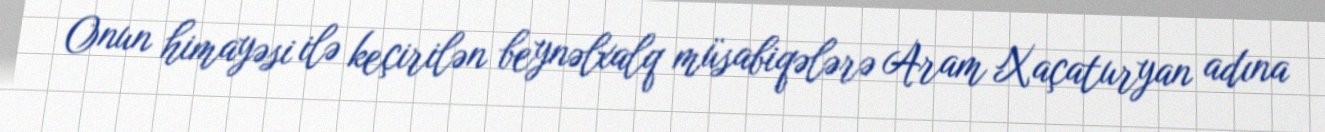
Onun himayəsi ilə keçirilən beynəlxalq müsabiqələrə Aram Xaçaturyan adına